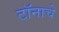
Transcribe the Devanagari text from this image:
टॉनाचे